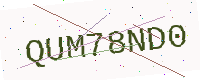
Text: QUM78ND0